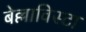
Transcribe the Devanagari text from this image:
बेल्लाविस्टा